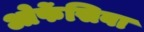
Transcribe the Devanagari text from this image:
ओफेंसिवा